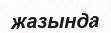
жазында